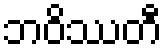
ဘဝိဿတီ